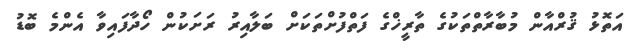
އަތޮޅު ޤުރްއާން މުބާރާތްތަކުގެ ތާރީޚްގެ ފަތްފުށްތަކަށް ބަލާއިރު ރަށަކުން ހޯދާފައިވާ އެންމެ ބޮޑު